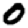
Digit: 0